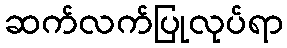
ဆက်လက်ပြုလုပ်ရာ